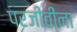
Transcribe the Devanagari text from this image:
परजीवींना